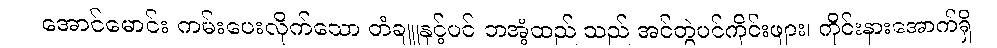
အောင်မောင်း ကမ်းပေးလိုက်သော တံချူနှင့်ပင် ဘအံ့ထည် သည် အင်တွဲပင်ကိုင်းဖျား၊ ကိုင်းနားအောက်ရှိ